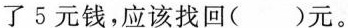
了5元钱，应该找回( )元。